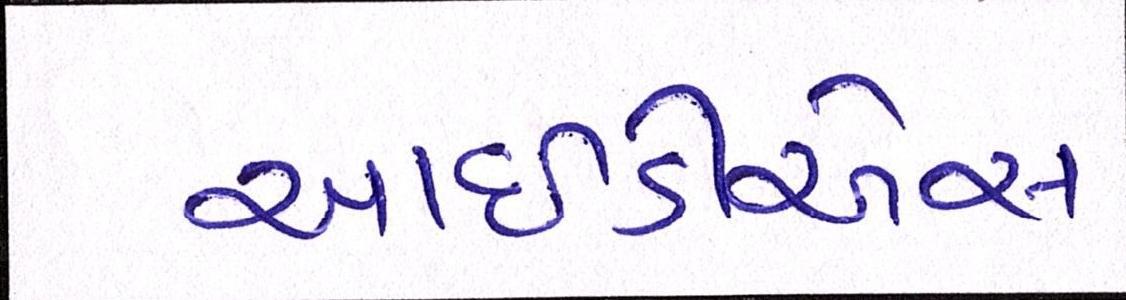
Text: આઇડીએસ